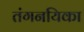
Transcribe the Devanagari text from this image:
तंगनयिका